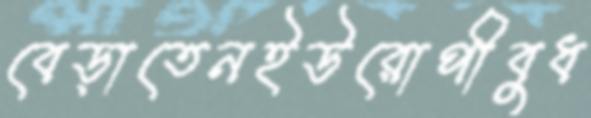
বেড়াতেনইউরোপীবুধ